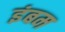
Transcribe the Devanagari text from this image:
इंबम